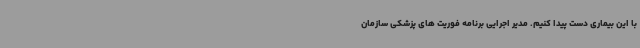
با این بیماری دست پیدا کنیم. مدیر اجرایی برنامه فوریت های پزشکی سازمان